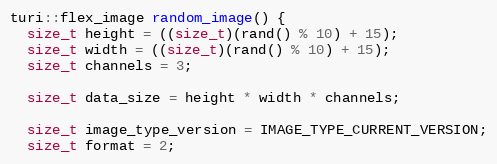
Language: C++
turi::flex_image random_image() {
  size_t height = ((size_t)(rand() % 10) + 15);
  size_t width = ((size_t)(rand() % 10) + 15);
  size_t channels = 3;

  size_t data_size = height * width * channels;

  size_t image_type_version = IMAGE_TYPE_CURRENT_VERSION;
  size_t format = 2;